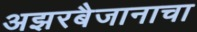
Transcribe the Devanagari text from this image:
अझरबैजानाचा